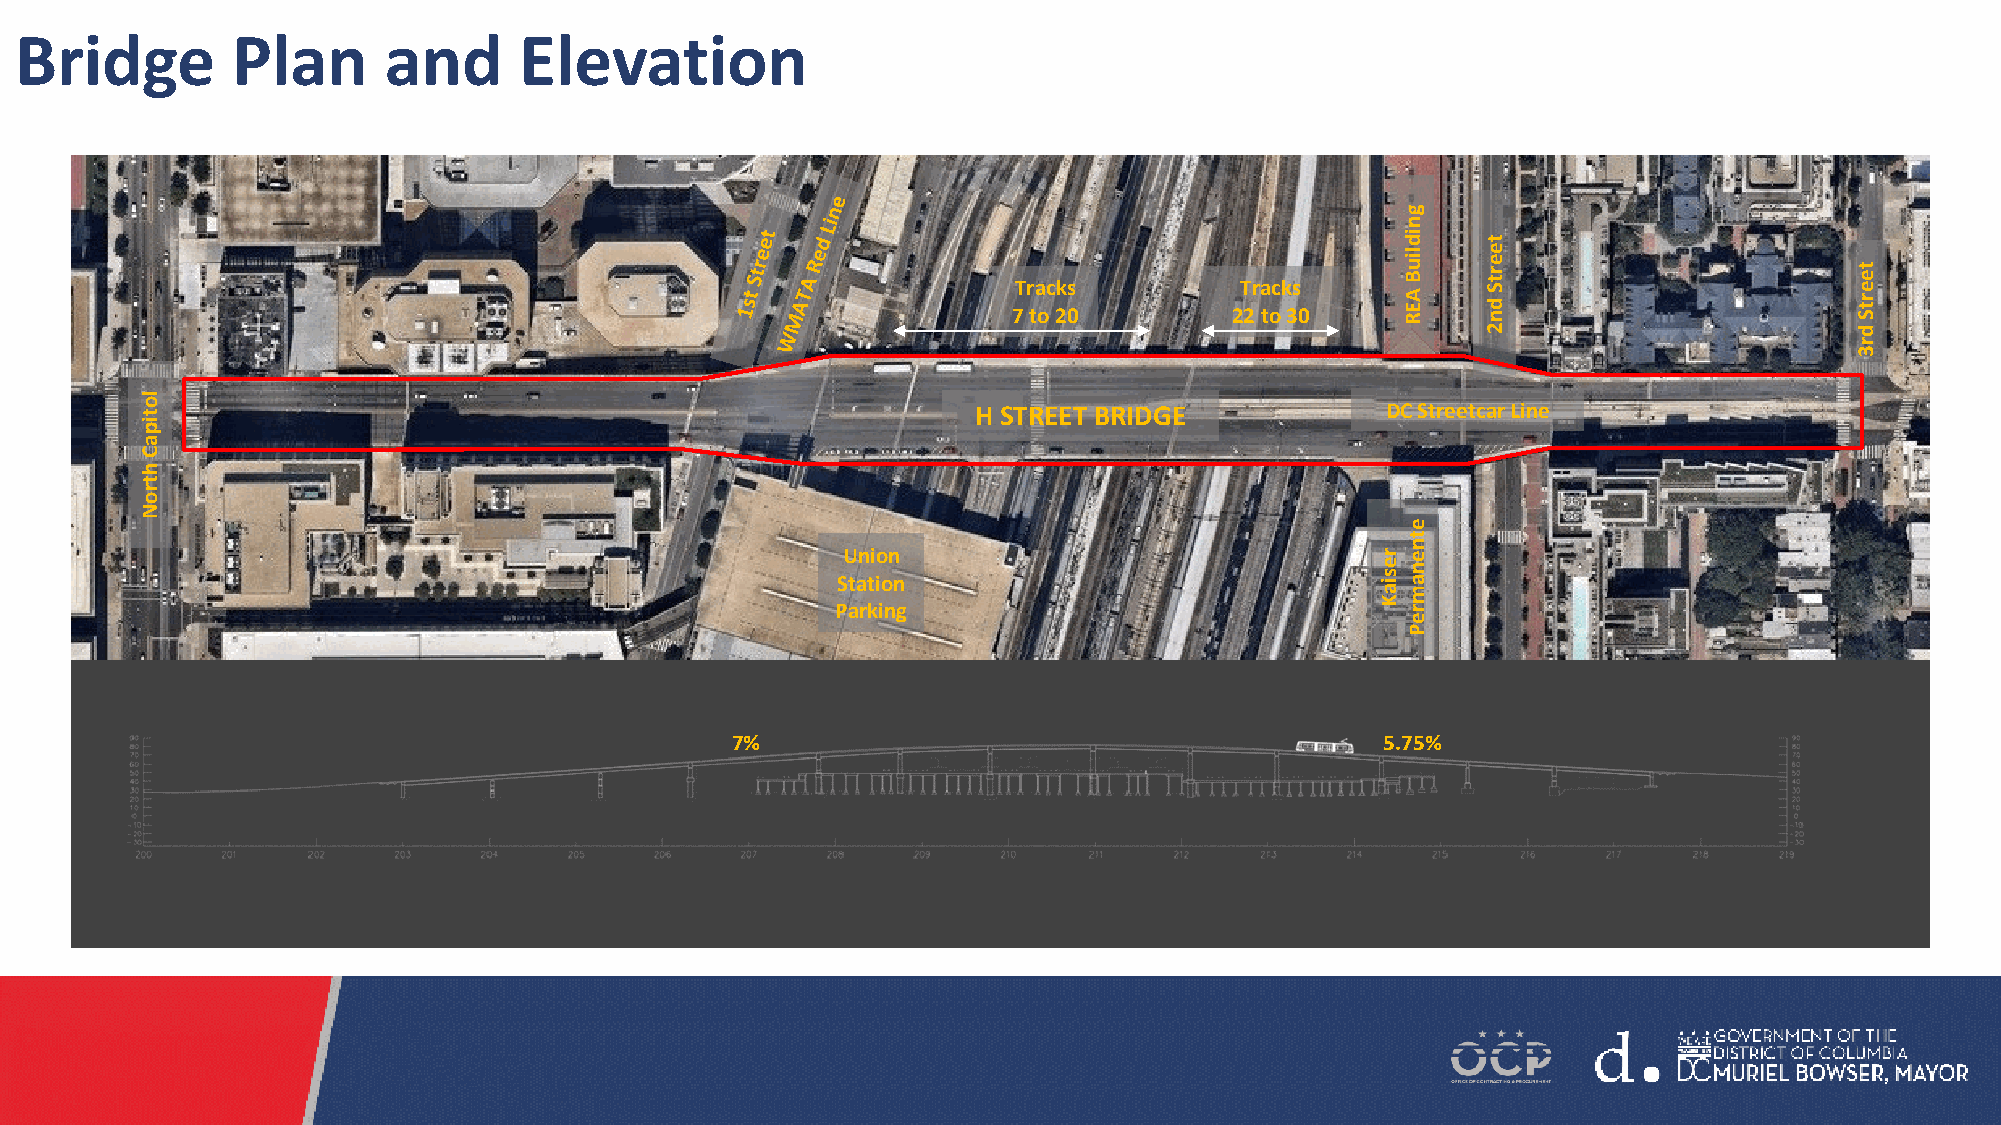
Bridge        Plan      and      Elevation
 g
 n
 id
 t
 7T r ta oc 2ks 0 2T 2r a tock 3s 0
 liu
 B A E R
 e
 e
 r t S d n                t e e r t S
 2                        d
 r
 3
 lo
 t                                                      H STREET BRIDGE             DC Streetcar Line
 ip
 a
 C
 h
 t
 r
 o
 N
 e
 t
 SU tan ti io on n                   r e s
 ian
 e n a
 m
 K
 Parking                               r
 e
 P
 7%                                          5.75%